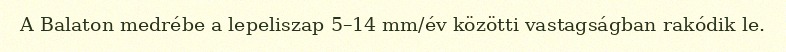
A Balaton medrébe a lepeliszap 5–14 mm/év közötti vastagságban rakódik le.